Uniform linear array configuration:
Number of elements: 24
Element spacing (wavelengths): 0.5
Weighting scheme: uniform
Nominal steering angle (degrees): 15
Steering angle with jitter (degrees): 13.757
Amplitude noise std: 0.05
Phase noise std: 0.05

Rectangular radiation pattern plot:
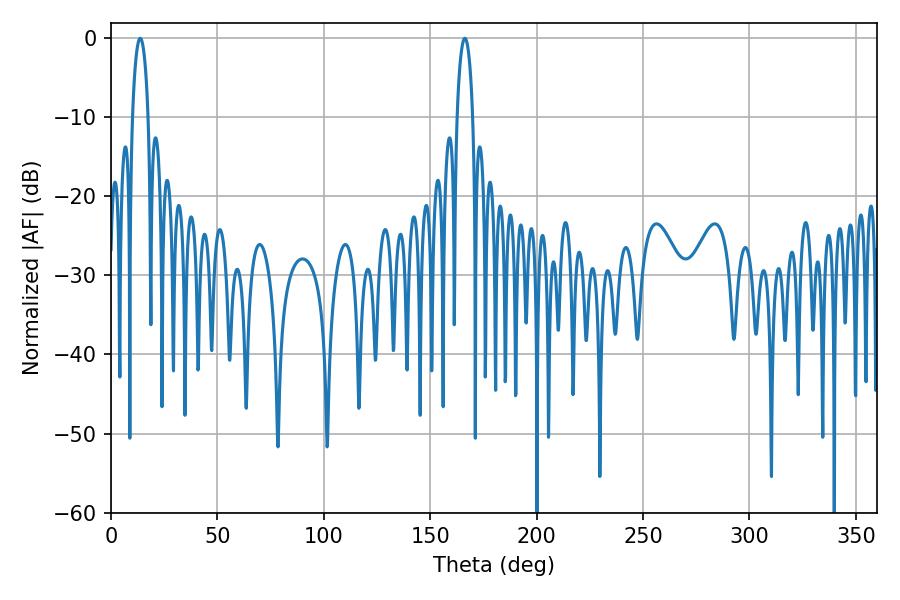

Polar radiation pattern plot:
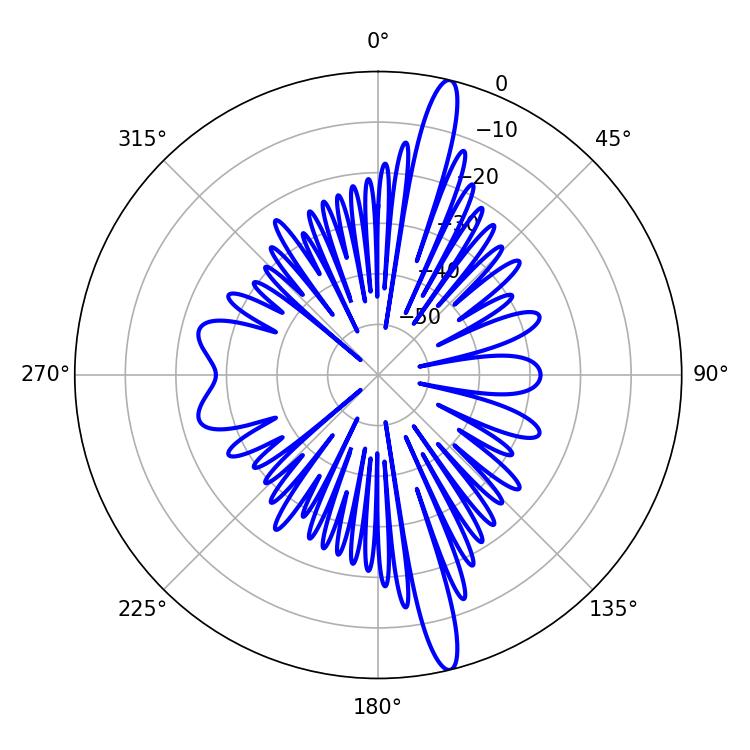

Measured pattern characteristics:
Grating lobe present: FALSE
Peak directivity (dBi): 17.131
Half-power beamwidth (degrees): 4.14
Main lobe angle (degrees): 13.68